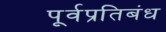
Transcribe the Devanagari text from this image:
पूर्वप्रतिबंध